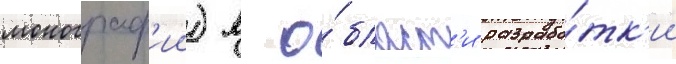
монограф'ии) в о́бласт'и разрабо́тк'и